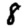
Digit: 8